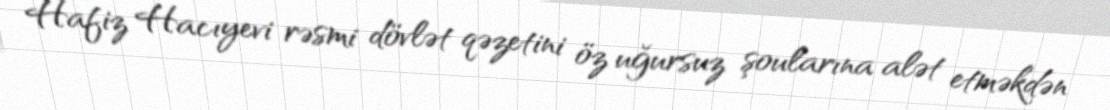
Hafiz Hacıyevi rəsmi dövlət qəzetini öz uğursuz şoularına alət etməkdən